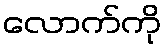
လောက်ကို